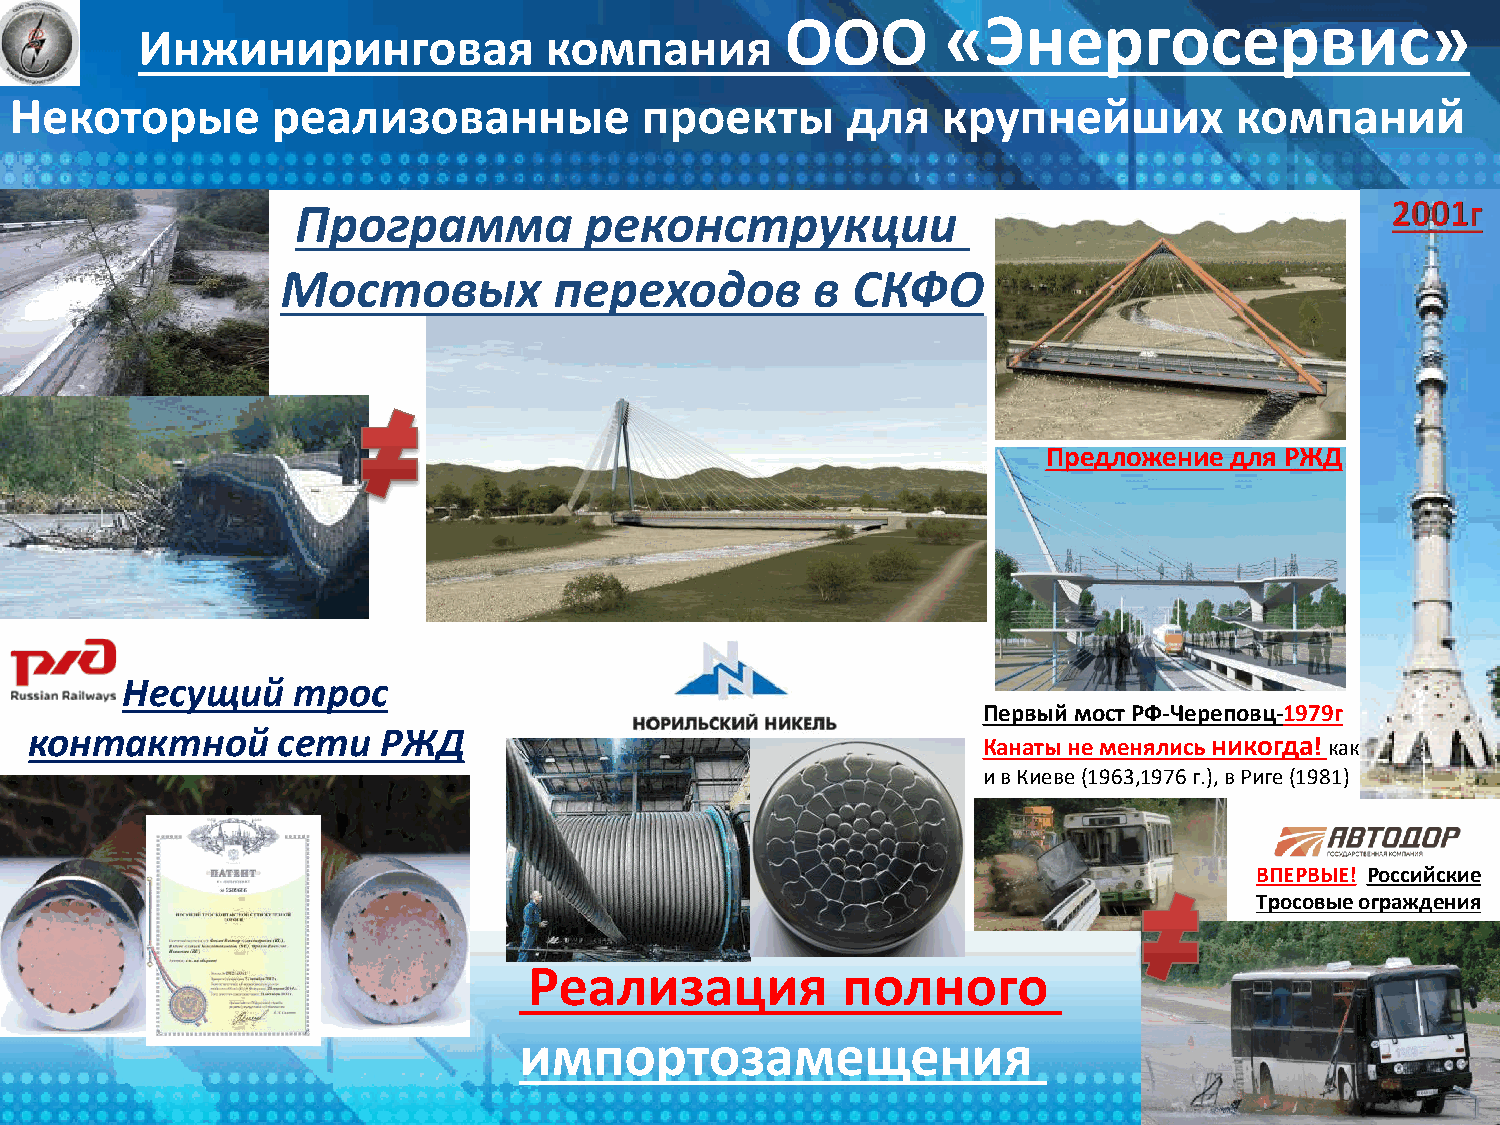
ООО        «Энергосервис»
 Инжиниринговая             компания
 Некоторые        реализованные           проекты       для   крупнейших          компаний
 Программа          реконструкции
 Мостовых          переходов        в СКФО
 Предложение для РЖД
 Несущий    трос
 Первый мост РФ-Череповц-1979г
 контактной      сети   РЖД
 Канаты не менялись никогда! как
 и в Киеве (1963,1976 г.), в Риге (1981)
 Тросовые        дорожные          ограждения                                    ВПЕРВЫЕ! Российские
 Тросовые ограждения
 Реализация           полного
 импортозамещения